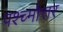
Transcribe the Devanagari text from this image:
पश्च्मोत्तर